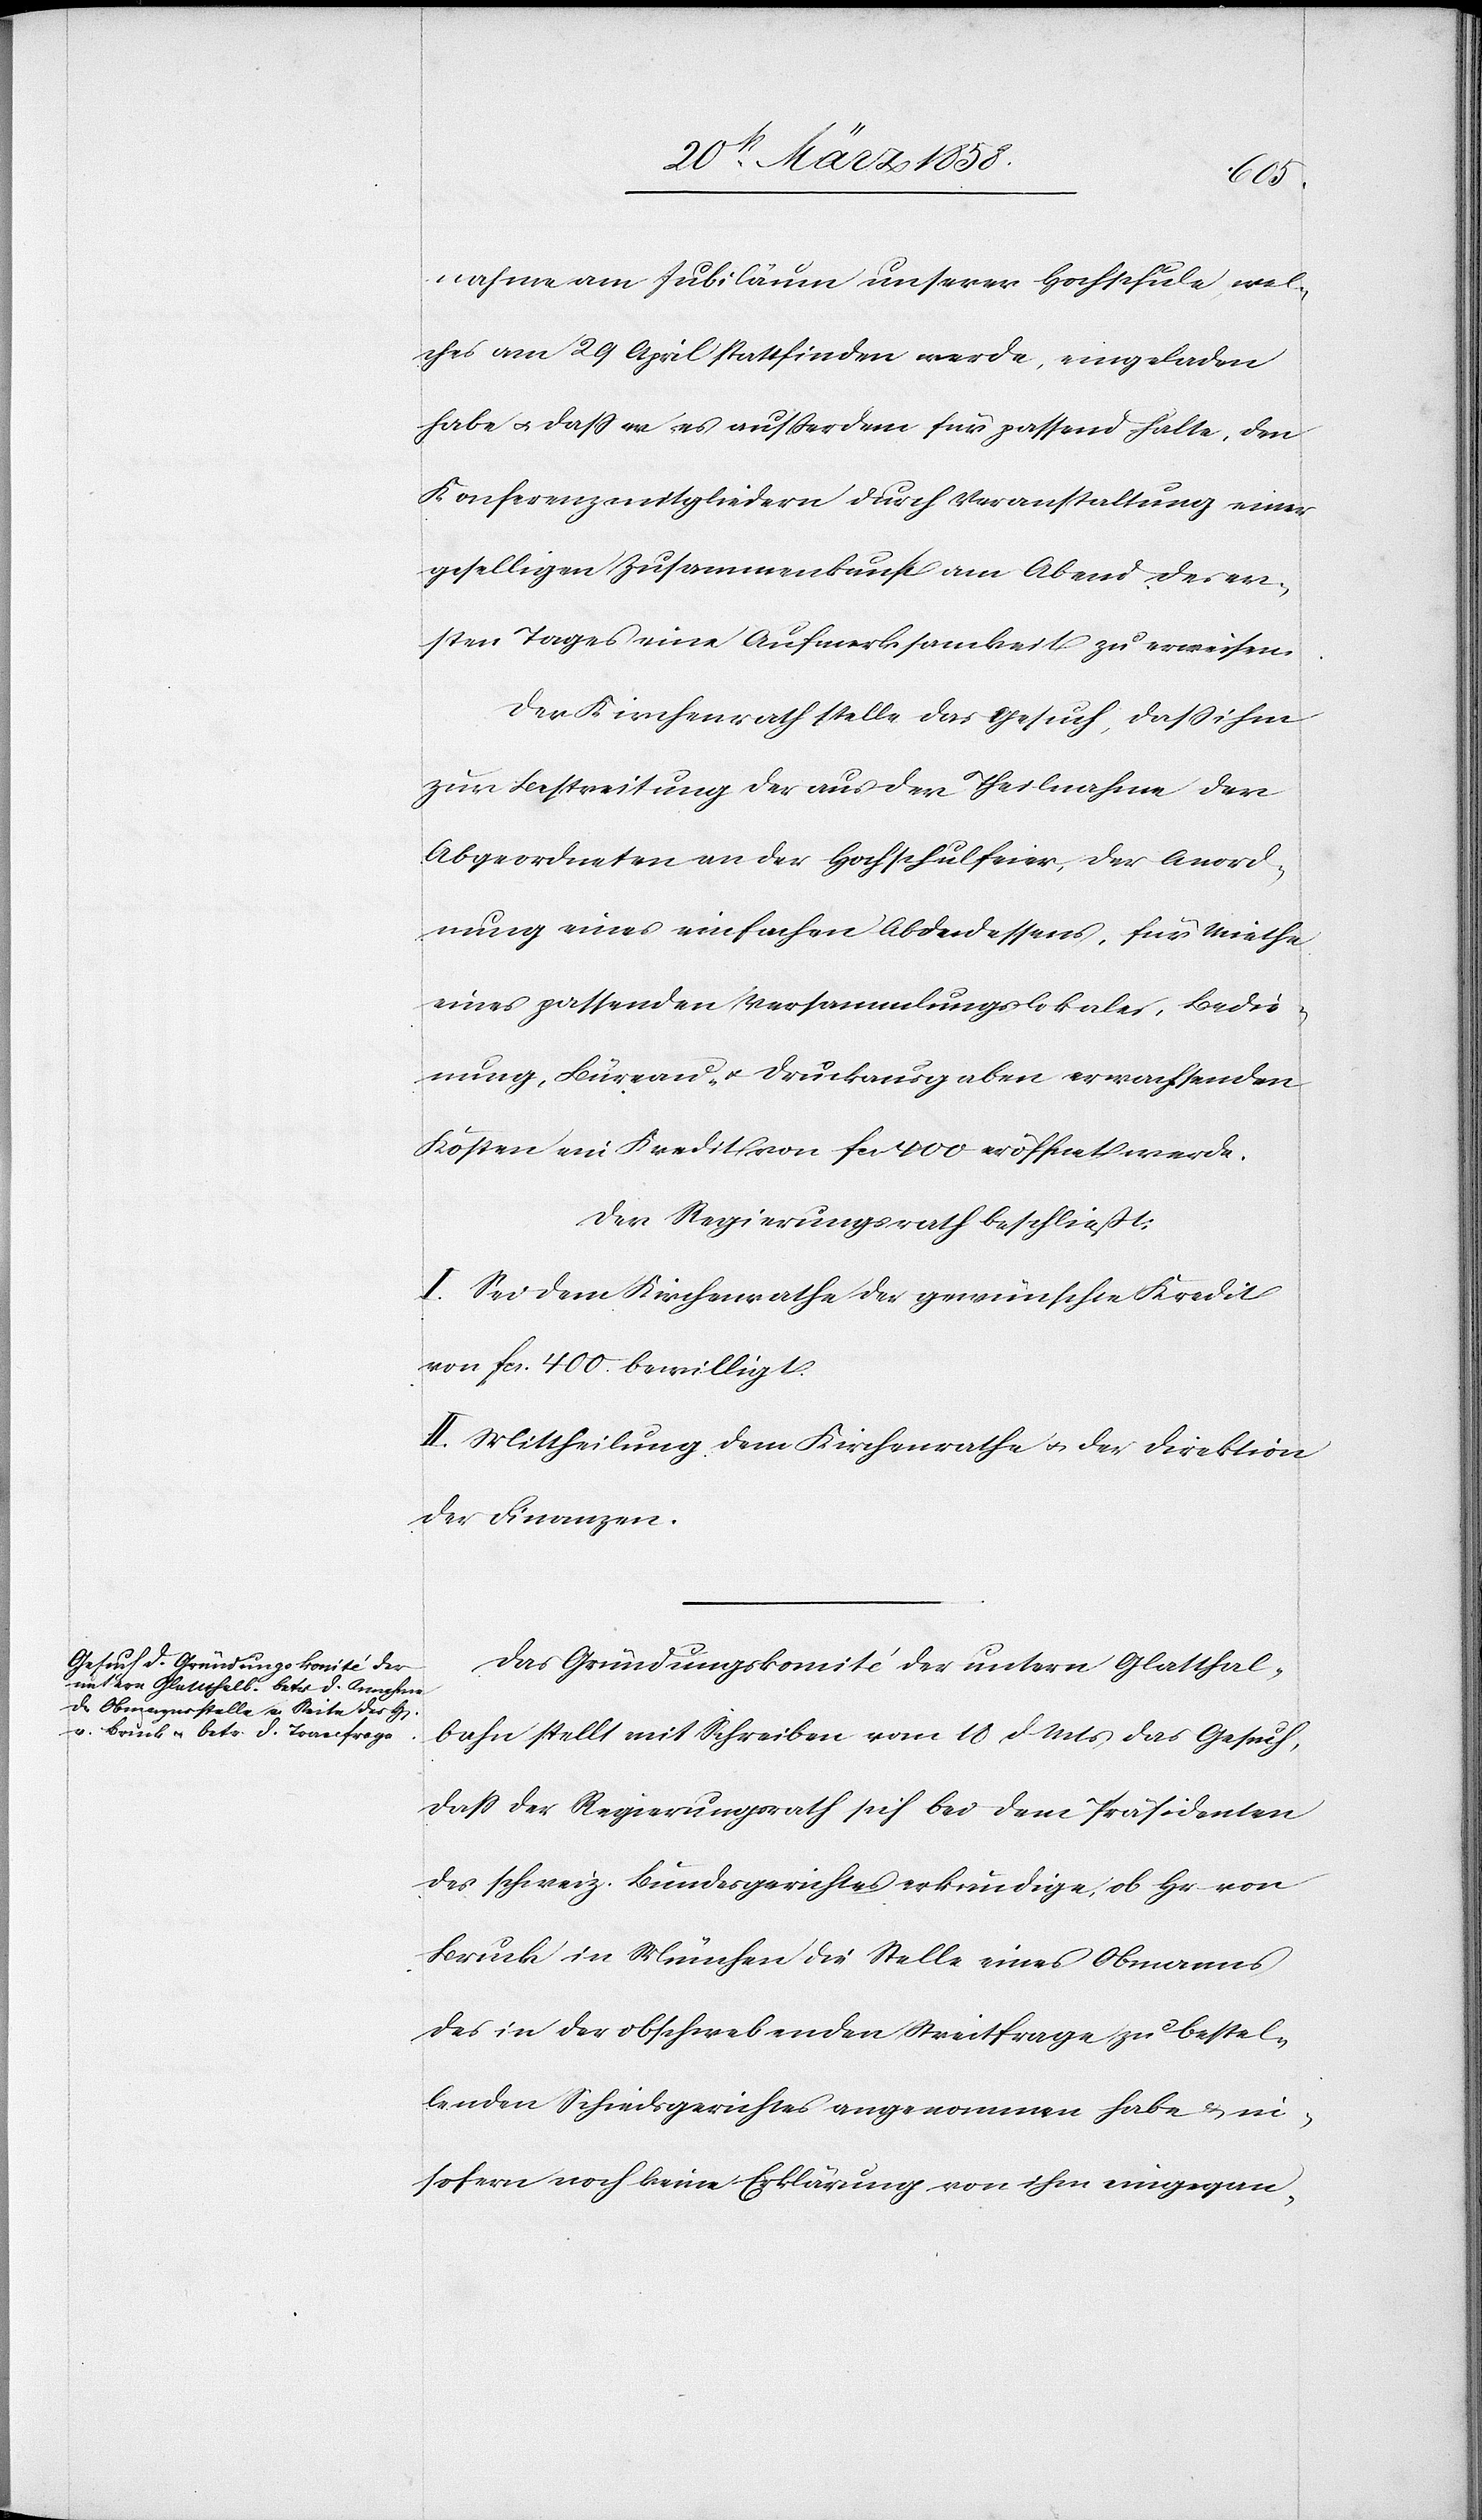
nahme am Jubiläum unserer Hochschule, wel¬
ches am 29. April stattfinden wird, eingeladen
habe u. daß er es außerdem für passend halte, den
Konferenzmitgliedern durch Veranstaltung einer
geselligen Zusammenkunft am Abend des er¬
sten Tages eine Aufmerksamkeit zu erweisen.
Der Kirchenrath stelle das Gesuch, daß ihm
zur Bestreitung der aus der Theilnahme der
Abgeordneten an der Hochschulfeier, der Anord¬
nung eines einfachen Abendessens, für Miethe
eines passenden Versammlungslokales, Bedie¬
nung, Büreau- u. Druckausgaben erwachsenden
Kosten ein Kredit von fcs. 400 eröffnet werde.
Der Regierungsrath beschließt:
I. Sei dem Kirchenrathe der gewünschte Kredit
von fcs. 400 bewilligt.
II. Mittheilung dem Kirchenrathe u. der Direktion
der Finanzen.
Das Gründungskomité der untern Glatthal¬
bahn stellt mit Schreiben vom 18. d. Mts. das Gesuch,
daß der Regierungsrath sich bei dem Präsidenten
des schweiz. Bundesgerichtes erkundige, ob Hr. von
Bruck in München die Stelle eines Obmanns
des in der obschwebenden Streifrage zu bestel¬
lenden Schiedsgerichtes angenommen habe u. in¬
sofern noch keine Erklärung von ihm eingegan-